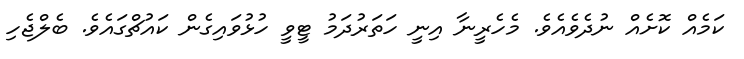
ކަމެއް ކޮށެއް ނުދެވެއެވެ. މެހެރީނާ އިނީ ހަތަރުދަމު ޓީވީ ހުޅުވައިގެން ކައުޗްގައެވެ. ބެލްޖެހި